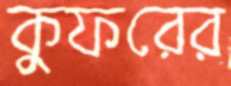
কুফরের